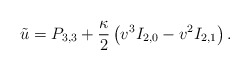
\begin{align*} \tilde{u}=P_{3,3}+\frac{\kappa}{2}\left(v^3I_{2,0}-v^2I_{2,1}\right).\end{align*}